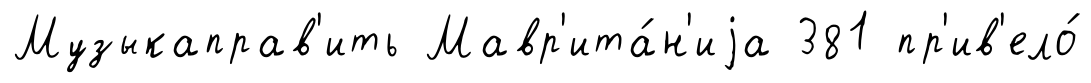
Музыкаправ'ить Мавр'ита́н'иjа 381 пр'ив'ело́